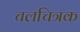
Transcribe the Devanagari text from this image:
चलचित्रक